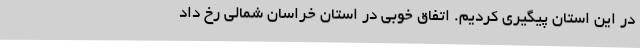
در این استان پیگیری کردیم. اتفاق خوبی در استان خراسان شمالی رخ داد